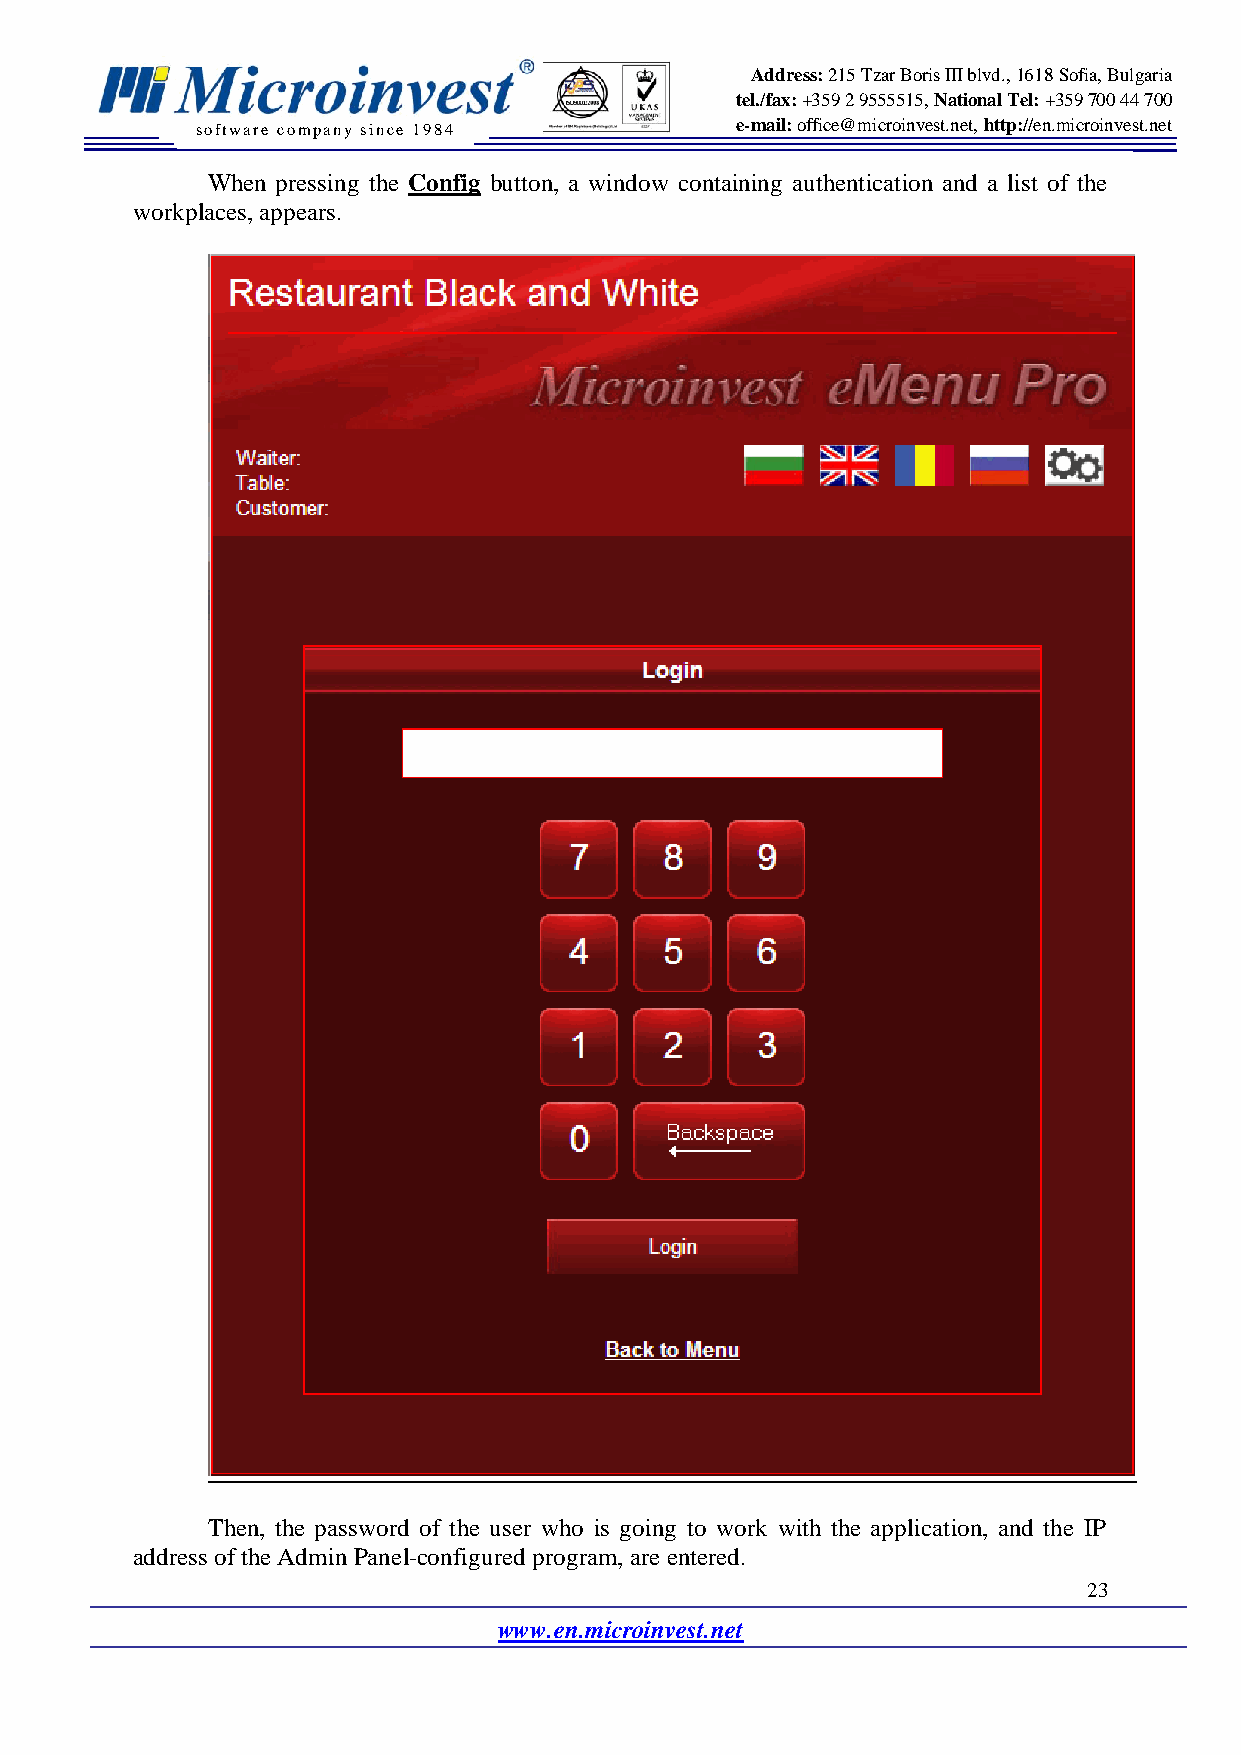
Address: 215 Tzar Boris III blvd., 1618 Sofia, Bulgaria
 tel./fax: +359 2 9555515, National Tel: +359 700 44 700
 software company since 19 84        e-mail: office@microinvest.net, http://en.microinvest.net
 When pressing the Config button, a window containing authentication and a list of the
 workplaces, appears.
 Then, the password of the user who is going to work with the application, and the IP
 address of the Admin Panel-configured program, are entered.
 23
 www.en.microinvest.net